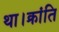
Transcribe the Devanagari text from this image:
था।क्रांति